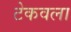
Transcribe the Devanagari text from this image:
टेकवला